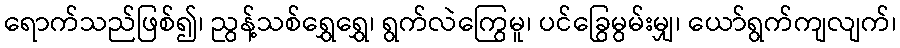
ရောက်သည်ဖြစ်၍၊ ညွန့်သစ်ရွှေရွှေ၊ ရွက်လဲကြွေမူ၊ ပင်ခြွေမွမ်းမျှ၊ ယော်ရွက်ကျလျက်၊